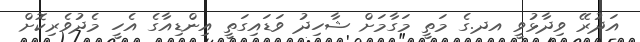
އަދުރޭ ވިދާޅުވީ އދ.ގެ މަތީ މަގާމަށް ޝާހިދު ވަޑައިގަތީ އިންޑިއާގެ އެހީ މެދުވެރިކޮށް